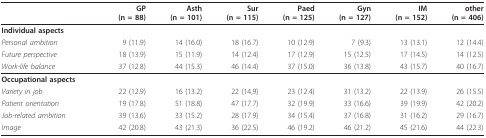
<table><thead><tr><td></td><td><b>GP(n = 88)</b></td><td><b>Asth(n = 101)</b></td><td><b>Sur(n = 115)</b></td><td><b>Paed(n = 125)</b></td><td><b>Gyn(n = 127)</b></td><td><b>IM(n = 152)</b></td><td><b>other(n = 406)</b></td></tr></thead><tbody><tr><td><b>Individual aspects</b></td><td></td><td></td><td></td><td></td><td></td><td></td><td></td></tr><tr><td><i>Personal ambition</i></td><td>9 (11.9)</td><td>14 (16.0)</td><td>18 (16.7)</td><td>10 (12.9)</td><td>7 (9.3)</td><td>13 (13.1)</td><td>12 (14.4)</td></tr><tr><td><i>Future perspective</i></td><td>18 (13.9)</td><td>15 (11.9)</td><td>14 (12.4)</td><td>17 (12.9)</td><td>15 (12.5)</td><td>17 (14.5)</td><td>14 (12.5)</td></tr><tr><td><i>Work-life balance</i></td><td>37 (12.8)</td><td>44 (15.3)</td><td>46 (14.4)</td><td>37 (15.0)</td><td>36 (13.8)</td><td>43 (15.7)</td><td>40 (16.7)</td></tr><tr><td><b>Occupational aspects</b></td><td></td><td></td><td></td><td></td><td></td><td></td><td></td></tr><tr><td><i>Variety in job</i></td><td>22 (12.9)</td><td>16 (13.2)</td><td>22 (14,9)</td><td>23 (12.4)</td><td>31 (13.2)</td><td>22 (13.9)</td><td>26 (15.5)</td></tr><tr><td><i>Patient orientation</i></td><td>19 (17.8)</td><td>51 (18.8)</td><td>47 (17.7)</td><td>32 (19.9)</td><td>33 (16.6)</td><td>39 (19.9)</td><td>42 (20.2)</td></tr><tr><td><i>Job-related ambition</i></td><td>39 (13.6)</td><td>33 (15.2)</td><td>28 (17.9)</td><td>34 (15.4)</td><td>37 (16.8)</td><td>31 (16.2)</td><td>29 (16.7)</td></tr><tr><td><i>Image</i></td><td>42 (20.8)</td><td>43 (21.3)</td><td>36 (22.5)</td><td>46 (19.2)</td><td>46 (21.2)</td><td>45 (21.6)</td><td>44 (22.3)</td></tr></tbody></table>